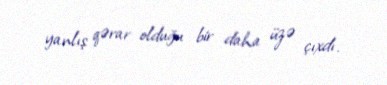
yanlış qərar olduğu bir daha üzə çıxdı.